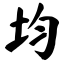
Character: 均